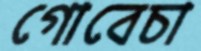
গোবেচা